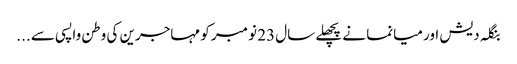
بنگلہ دیش اور میانما نے پچھلے سال 23 نومبر کو مہاجرین کی وطن واپسی سے ...